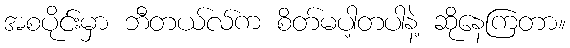
အစပိုင်းမှာ ဘီတယ်လ်က စိတ်မပါ့တပါနဲ့ ဆိုနေကြတာ။